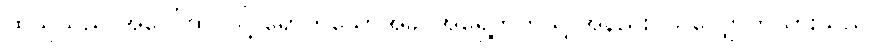
ထိုသူသည် အပေါ်ထပ်သို့ ရောက်သောအခါ အရှေ့ဘက်သို့ အနည်းငယ်လျှောက်သွားသည်။